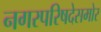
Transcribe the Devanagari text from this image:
नगरपरिषदेसमोर